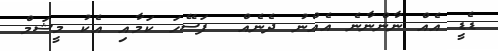
ޑެޑީ އެއް ނާންނާނެ އެއްނު ދެނެއް  ފަސޭހަ ކަމާއި އެކު މީޝަމް